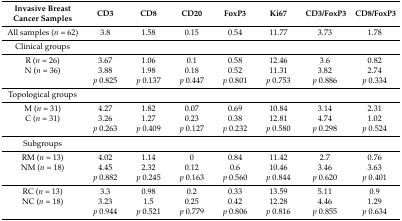
<table><thead><tr><td><b>Invasive Breast Cancer Samples</b></td><td><b>CD3</b></td><td><b>CD8</b></td><td><b>CD20</b></td><td><b>FoxP3</b></td><td><b>Ki67</b></td><td><b>CD3/FoxP3</b></td><td><b>CD8/FoxP3</b></td></tr></thead><tbody><tr><td>All samples (<i>n</i> = 62)</td><td>3.8</td><td>1.58</td><td>0.15</td><td>0.54</td><td>11.77</td><td>3.73</td><td>1.78</td></tr><tr><td>Clinical groups</td><td></td><td></td><td></td><td></td><td></td><td></td><td></td></tr><tr><td>R (<i>n</i> = 26)</td><td>3.67</td><td>1.06</td><td>0.1</td><td>0.58</td><td>12.46</td><td>3.6</td><td>0.82</td></tr><tr><td>N (<i>n</i> = 36)</td><td>3.88</td><td>1.98</td><td>0.18</td><td>0.52</td><td>11.31</td><td>3.82</td><td>2.74</td></tr><tr><td></td><td><i>p</i> 0.825</td><td><i>p</i> 0.137</td><td><i>p</i> 0.447</td><td><i>p</i> 0.801</td><td><i>p</i> 0.753</td><td><i>p</i> 0.886</td><td><i>p</i> 0.334</td></tr><tr><td>Topological groups</td><td></td><td></td><td></td><td></td><td></td><td></td><td></td></tr><tr><td>M (<i>n</i> = 31)</td><td>4.27</td><td>1.82</td><td>0.07</td><td>0.69</td><td>10.84</td><td>3.14</td><td>2.31</td></tr><tr><td>C (<i>n</i> = 31)</td><td>3.26</td><td>1.27</td><td>0.23</td><td>0.38</td><td>12.81</td><td>4.74</td><td>1.02</td></tr><tr><td></td><td><i>p</i> 0.263</td><td><i>p</i> 0.409</td><td><i>p</i> 0.127</td><td><i>p</i> 0.232</td><td><i>p</i> 0.580</td><td><i>p</i> 0.298</td><td><i>p</i> 0.524</td></tr><tr><td>Subgroups</td><td></td><td></td><td></td><td></td><td></td><td></td><td></td></tr><tr><td>RM (<i>n</i> = 13)</td><td>4.02</td><td>1.14</td><td>0</td><td>0.84</td><td>11.42</td><td>2.7</td><td>0.76</td></tr><tr><td>NM (<i>n</i> = 18)</td><td>4.45</td><td>2.32</td><td>0.12</td><td>0.6</td><td>10.46</td><td>3.46</td><td>3.63</td></tr><tr><td></td><td><i>p</i> 0.882</td><td><i>p</i> 0.245</td><td><i>p</i> 0.163</td><td><i>p</i> 0.560</td><td><i>p</i> 0.844</td><td><i>p</i> 0.620</td><td><i>p</i> 0.401</td></tr><tr><td>RC (<i>n</i> = 13)</td><td>3.3</td><td>0.98</td><td>0.2</td><td>0.33</td><td>13.59</td><td>5.11</td><td>0.9</td></tr><tr><td>NC (<i>n</i> = 18)</td><td>3.23</td><td>1.5</td><td>0.25</td><td>0.42</td><td>12.28</td><td>4.46</td><td>1.29</td></tr><tr><td></td><td><i>p</i> 0.944</td><td><i>p</i> 0.521</td><td><i>p</i> 0.779</td><td><i>p</i> 0.806</td><td><i>p</i> 0.816</td><td><i>p</i> 0.855</td><td><i>p</i> 0.634</td></tr></tbody></table>